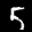
Label: 5